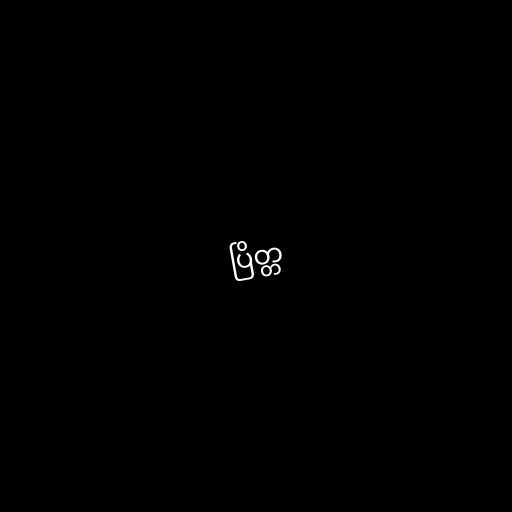
ပြိတ္တ